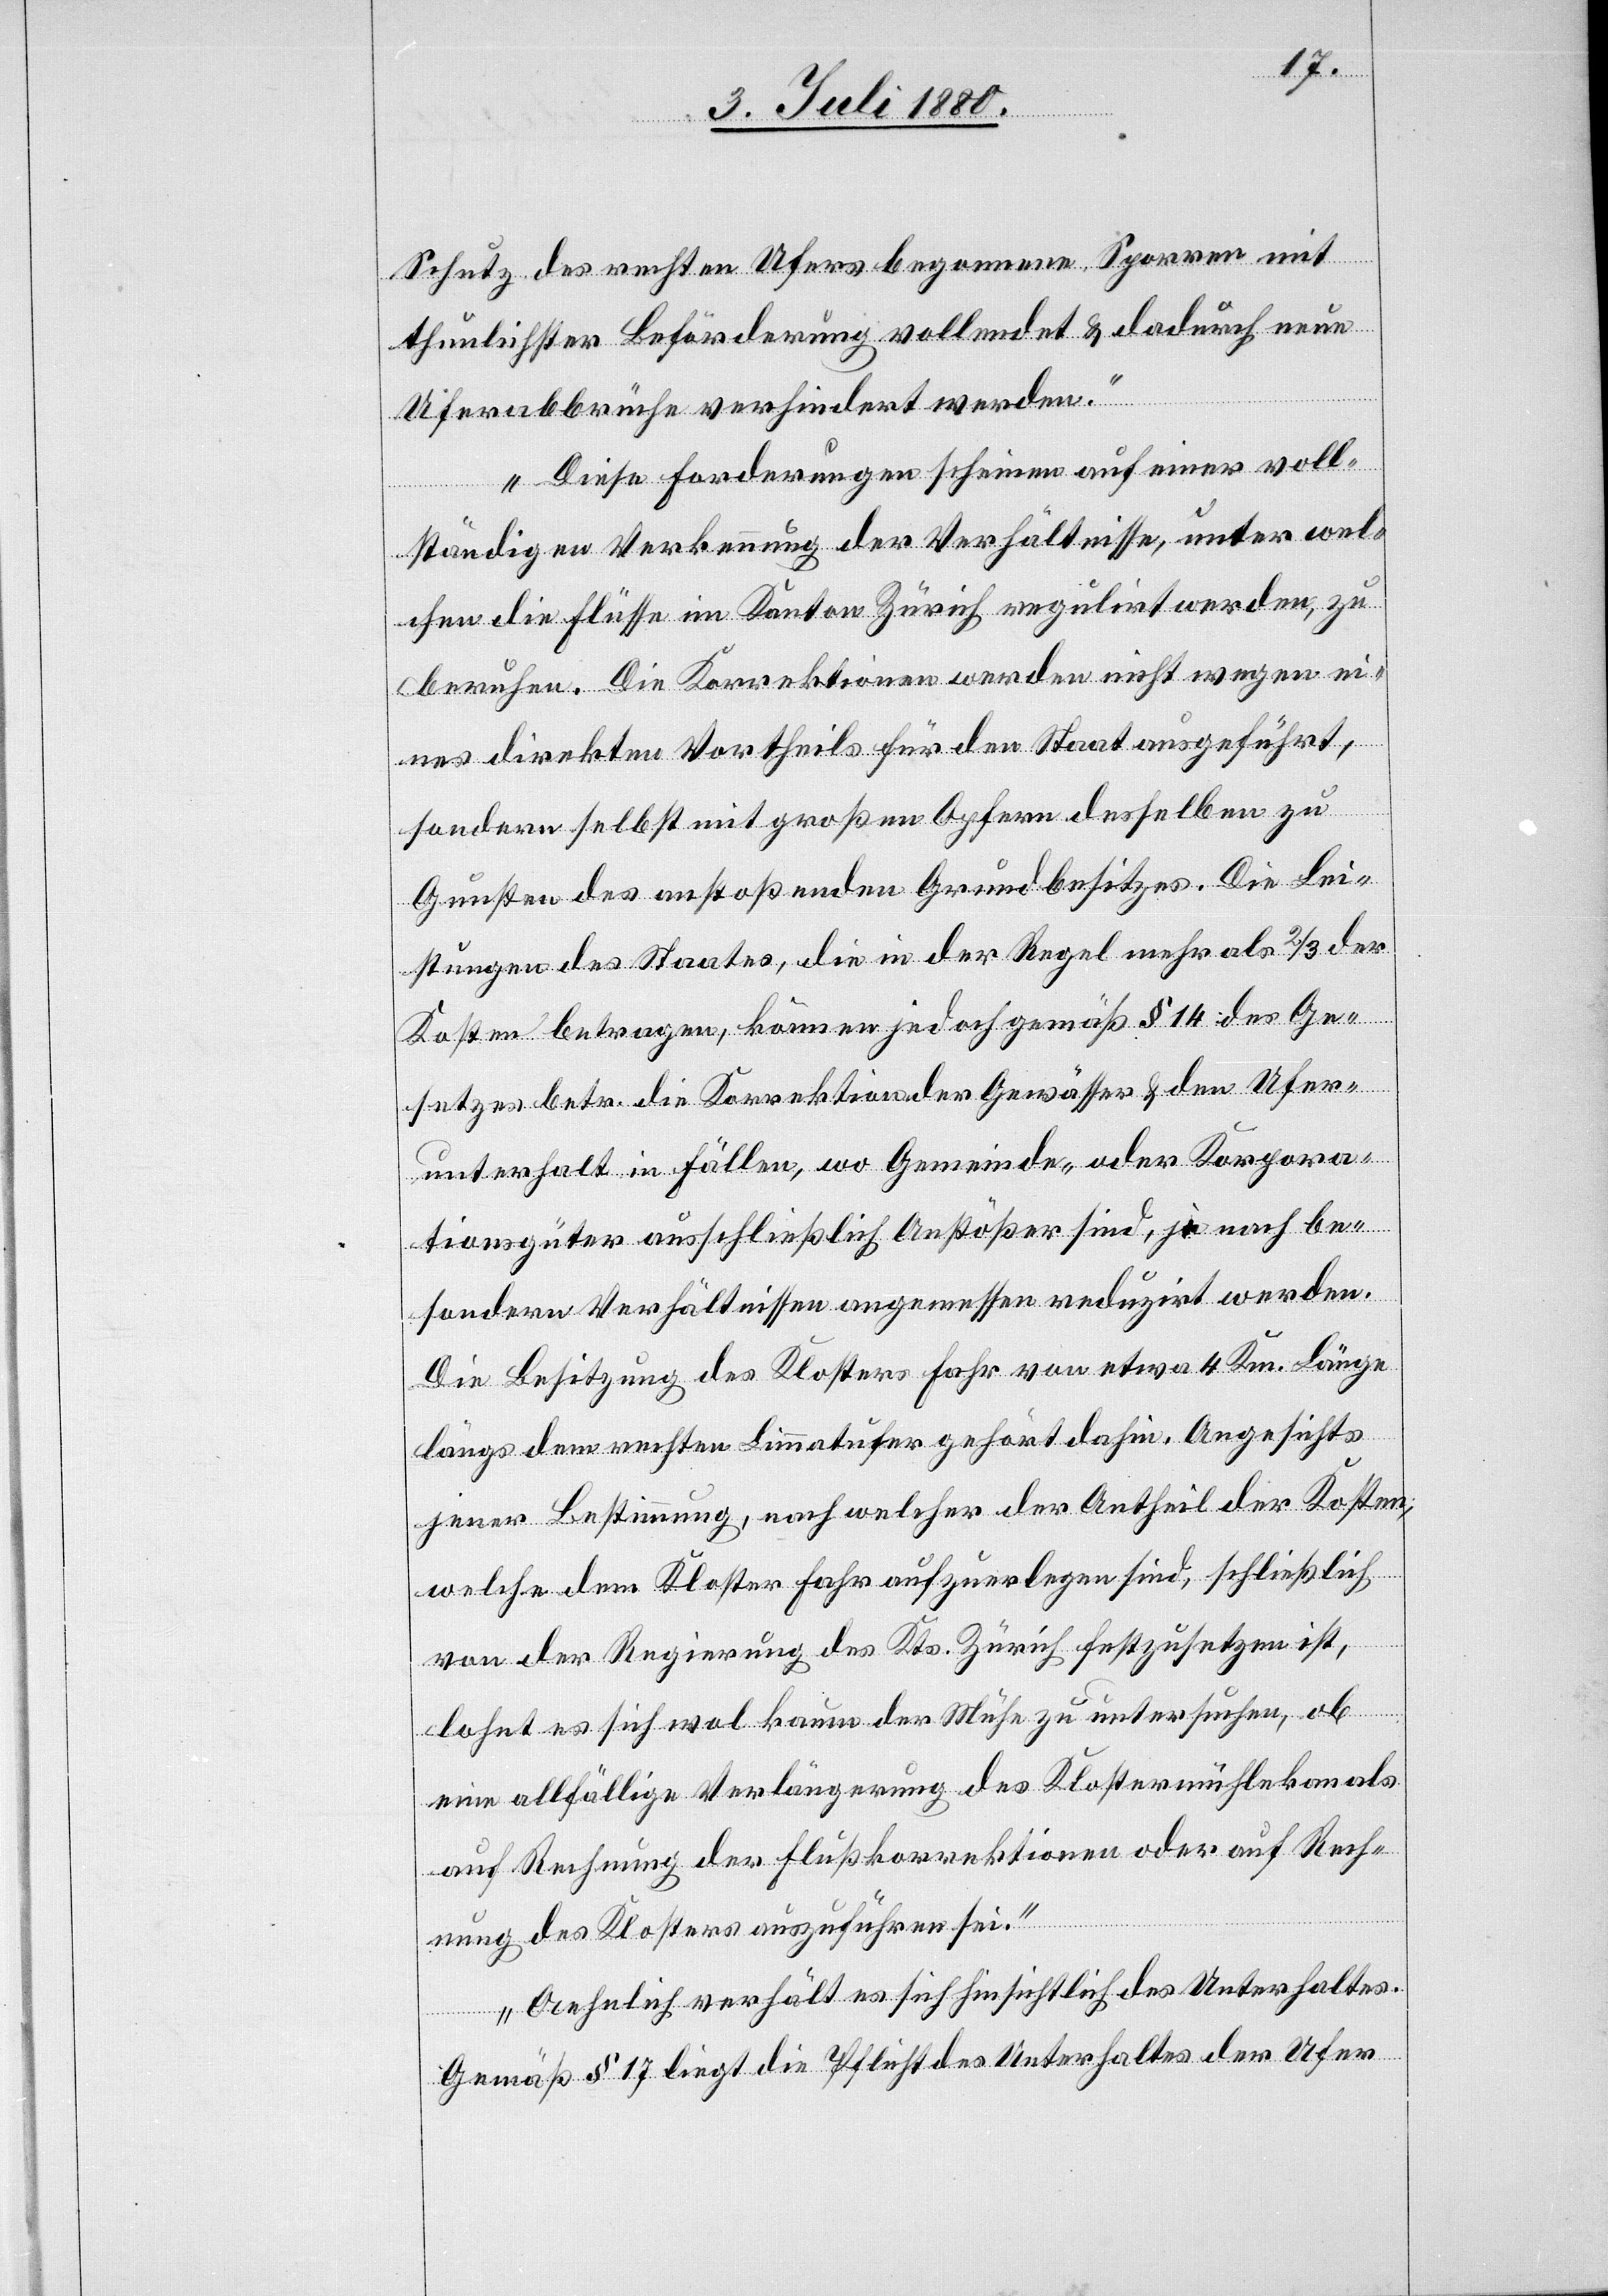
Schutz des rechten Ufers begonnene Sporren mit
thunlichster Beförderung vollendet & dadurch neue
Uferabbrüche verhindert werden.
Diese Forderungen scheinen auf einer voll¬
ständigen Verkennung der Verhältnisse, unter wel¬
chen die Flüsse im Kanton Zürich regulirt werden, zu
beruhen. Die Korrektionen werden nicht wegen ei¬
nes direkten Vortheils für den Staat ausgeführt,
sondern selbst mit großen Opfern desselben zu
Gunsten des anstoßenden Grundbesitzes. Die Lei¬
stungen des Staates, die in der Regel mehr als 2/3 der
Kosten betragen, kämen jedoch gemäß § 14 des Ge¬
setzes betr. die Korrektion der Gewässer & den Ufer¬
unterhalt in Fällen, wo Gemeinde- oder Korpora¬
tionsgüter ausschließlich Anstößer sind, je nach be¬
sondern Verhältnissen angemessen redudzirt werden.
Die Besitzung des Klosters Fahr von etwa 4 Km. Länge
längs dem rechten Limmatufer gehört dahin. Angesichts
jener Bestimmung, nach welcher der Antheil der Kosten,
welche dem Kloster Fahr aufzuerlegen sind, schließlich
von der Regierung des Kts. Zürich festzusetzen ist,
lohnt es sich wol kaum der Mühe zu untersuchen, ob
eine allfällige Verlängerung des Klostermühlekanals
auf Rechnung der Flusskorrektionen oder auf Rech¬
nung des Klosters auszuführen sei.
Aehnlich verhält es sich hinsichtlich des Unterhaltes.
Gemäß § 17 liegt die Pflicht des Unterhaltes der Ufer